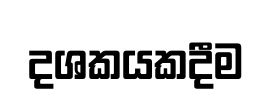
දශකයකදීම